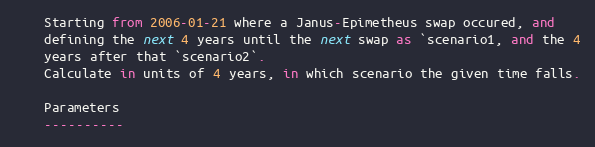
Language: Python
    Starting from 2006-01-21 where a Janus-Epimetheus swap occured, and
    defining the next 4 years until the next swap as `scenario1, and the 4
    years after that `scenario2`.
    Calculate in units of 4 years, in which scenario the given time falls.

    Parameters
    ----------